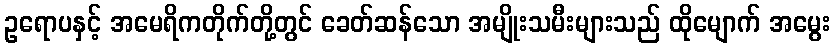
ဥရောပနှင့် အမေရိကတိုက်တို့တွင် ခေတ်ဆန်သော အမျိုးသမီးများသည် ထိုမျောက် အမွေး